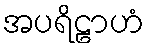
အပရိဠာဟံ